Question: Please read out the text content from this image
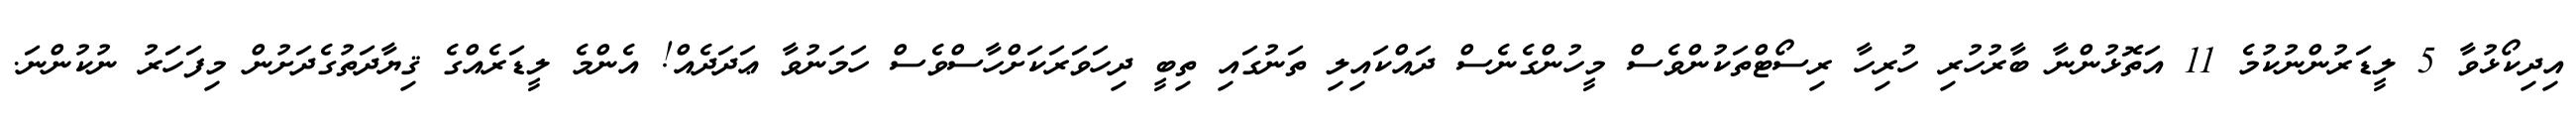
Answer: އިދިކޯޅުވާ 5 ލީޑަރުންނުކުމެ 11 އަތޮޅުންނާ ބާރުހުރި ހުރިހާ ރިސޯޓްތަކުންވެސް މީހުންގެނެސް ދައްކައިލި ތަނުގައި ތިބީ ދިހަވަރަކަށްހާސްވެސް ހަމަނުވާ ޢަދަދެއް! އެންމެ ލީޑަރެއްގެ ޤިޔާދަތުގެދަށުން މިފަހަރު ނުކުންނަ.